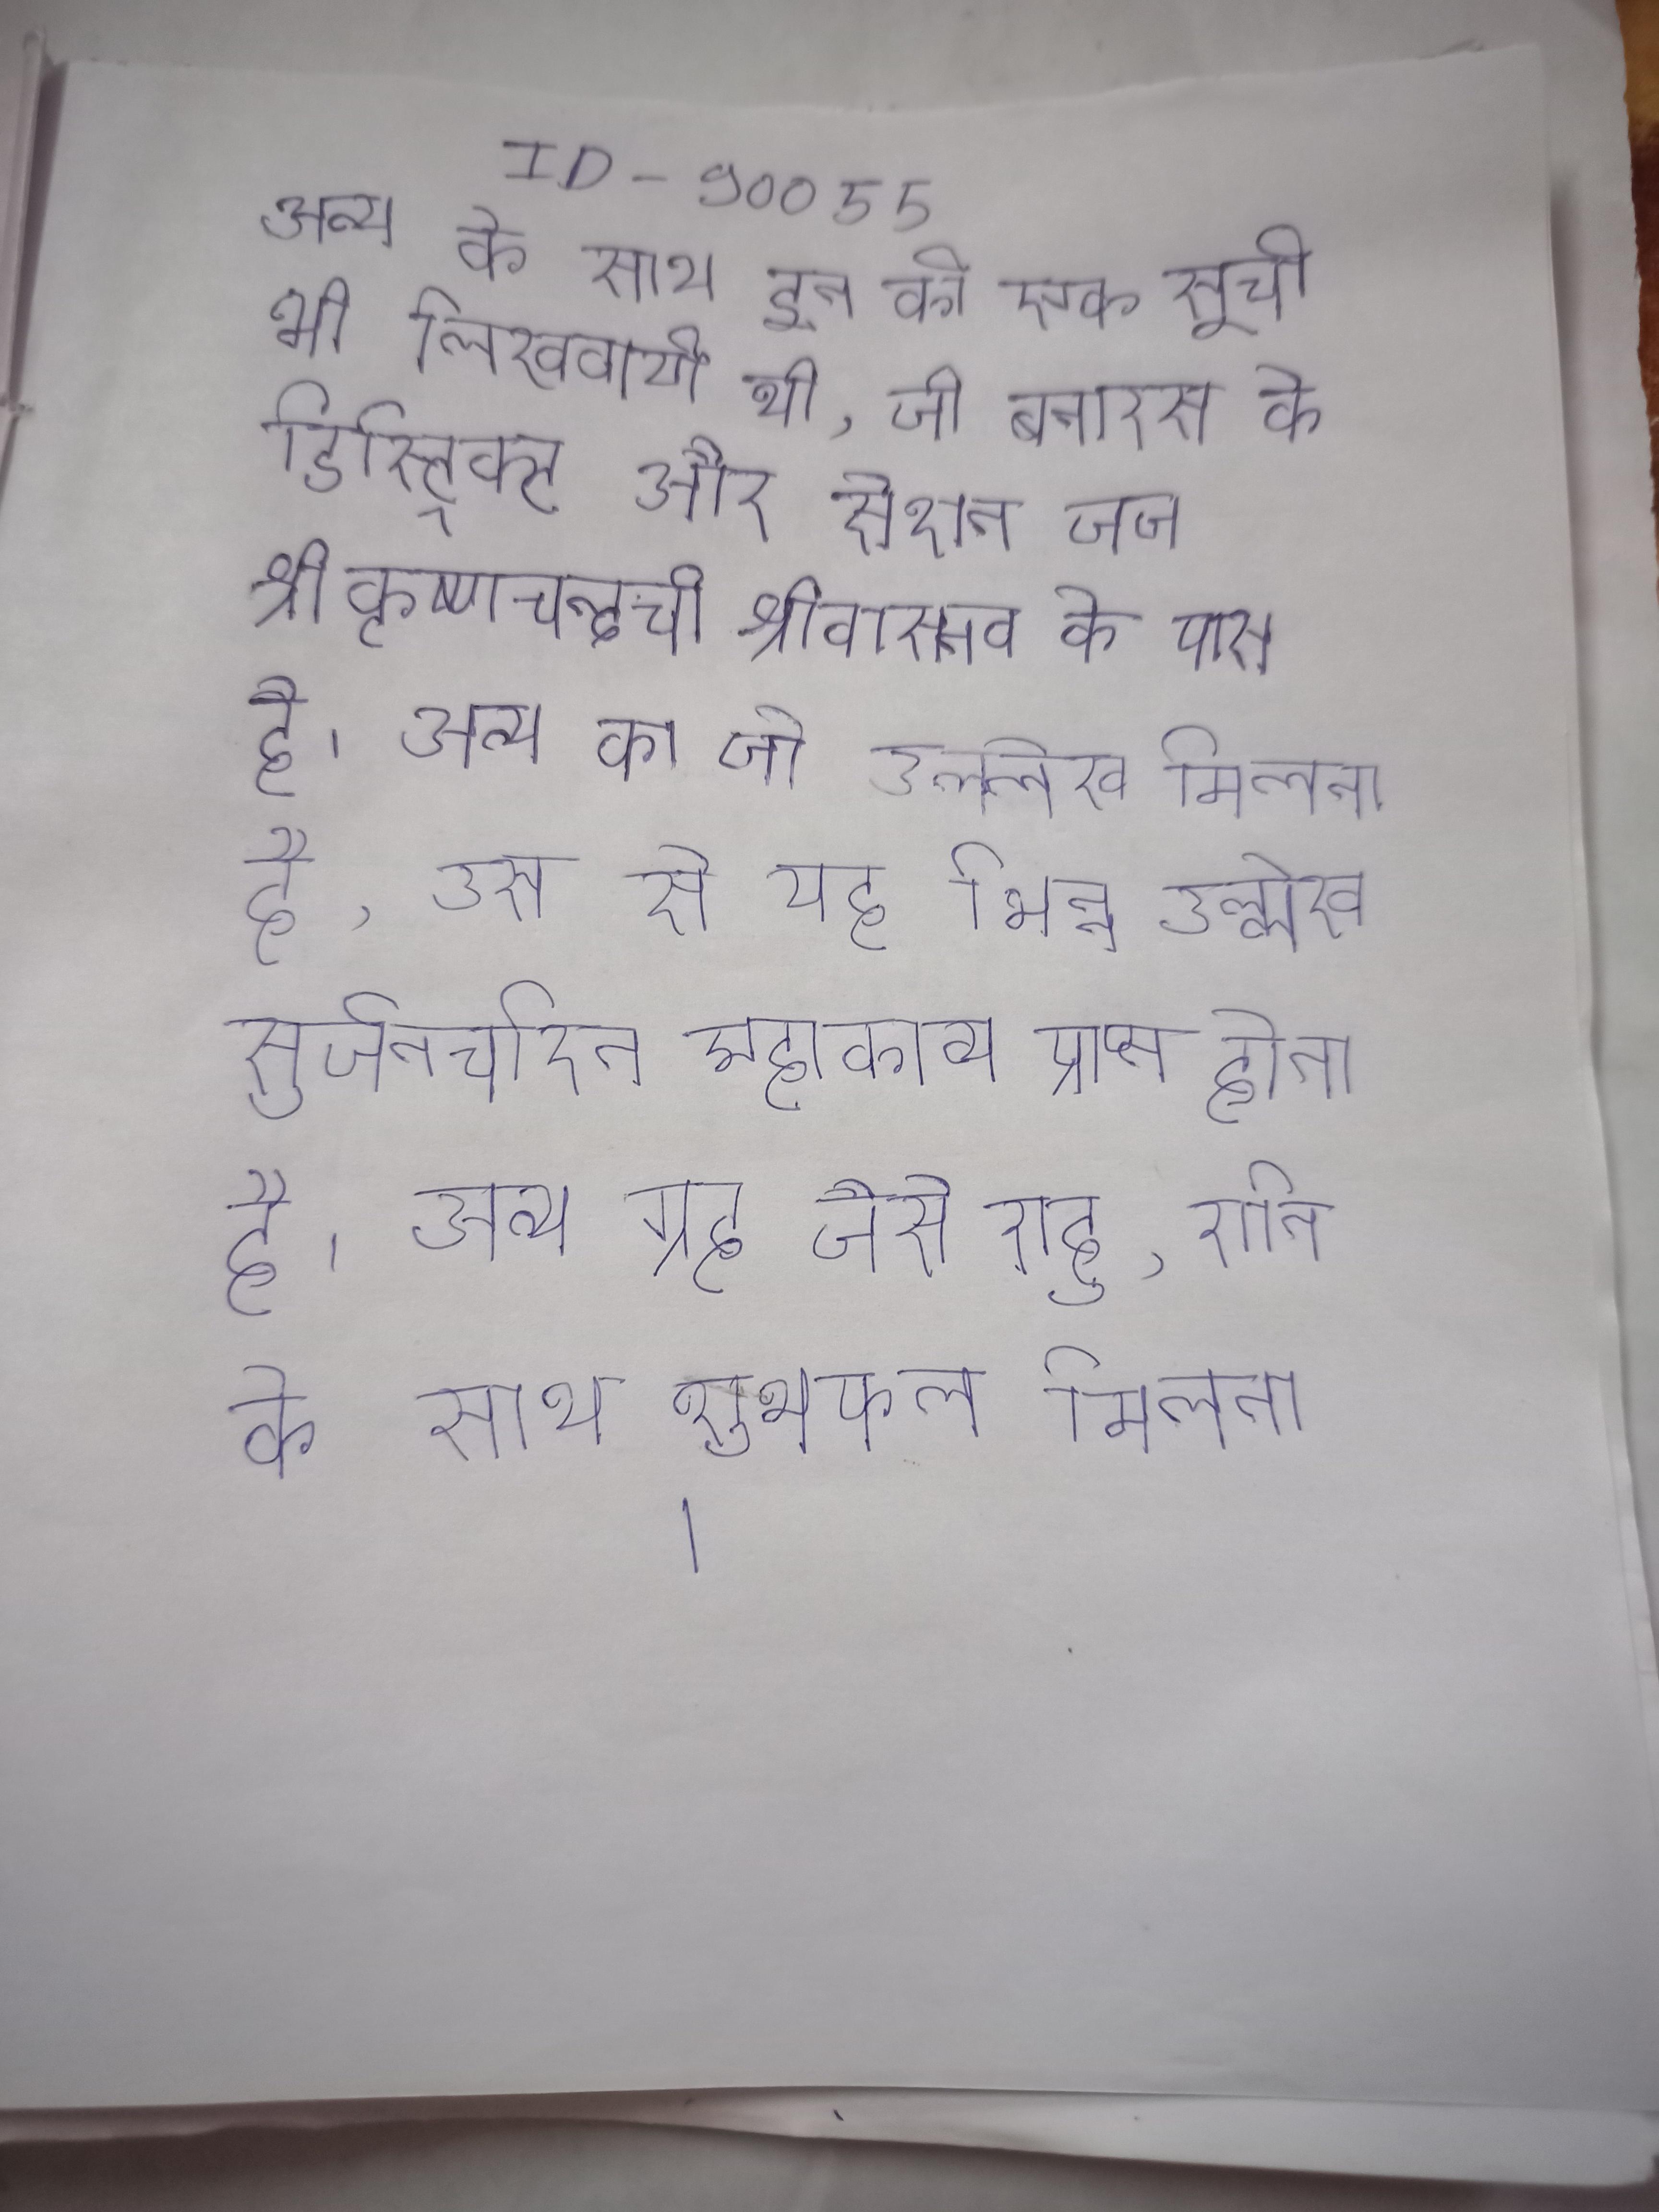
अन्य के साथ इन की एक सूची भी लिखवायी थी, जो बनारस के डिस्ट्रिक्ट और सेशन जज श्रीकृष्णचन्द्रजी श्रीवास्तव के पास है । अन्य का जो उल्लेख मिलता है, उस से यह भिन्न उल्लेख सुर्जनचरित महाकाव्य प्राप्त होता है । अन्य ग्रह जैसे राहु, शनि के साथ शुभफल मिलता ।